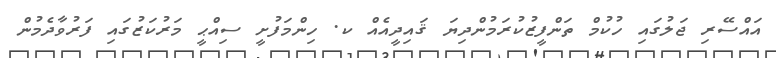
އައްސޭރި ޖަލުގައި ހުކުމް ތަންފީޒުކުރަމުންދިޔަ ޤައިދީއެއް ކ. ހިންމަފުށީ ސިއްޙީ މަރުކަޒުގައި ފަރުވާދެމުން